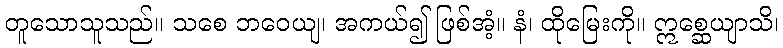
တူသောသူသည်။ သစေ ဘဝေယျ၊ အကယ်၍ ဖြစ်အံ့။ နံ၊ ထိုမြေးကို။ ဣစ္ဆေယျာသိ၊